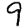
Digit: 9